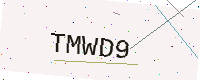
Text: TMWD9